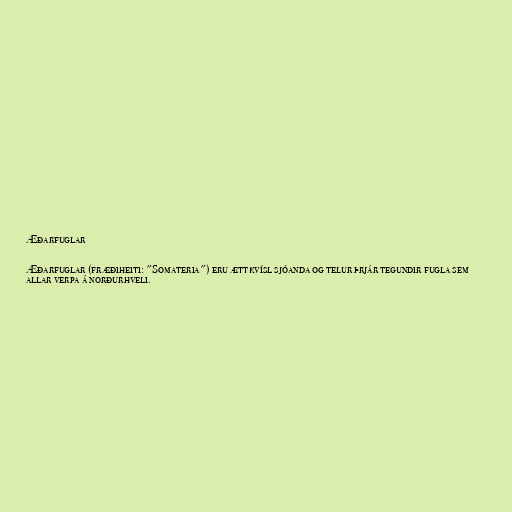
Æðarfuglar

Æðarfuglar (fræðiheiti: "Somateria") eru ættkvísl sjóanda og telur þrjár tegundir fugla sem
allar verpa á norðurhveli.